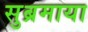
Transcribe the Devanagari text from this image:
सुब्रमाया